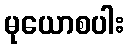
မုယောစပါး